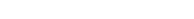
٧٣